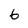
Character: 6